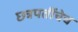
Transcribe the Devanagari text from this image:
छत्रपतींचेच